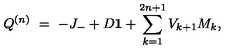
Q ^ { ( n ) } \ = \ - J _ { - } + D { \bf 1 } + \sum _ { k = 1 } ^ { 2 n + 1 } V _ { k + 1 } M _ { k } ,